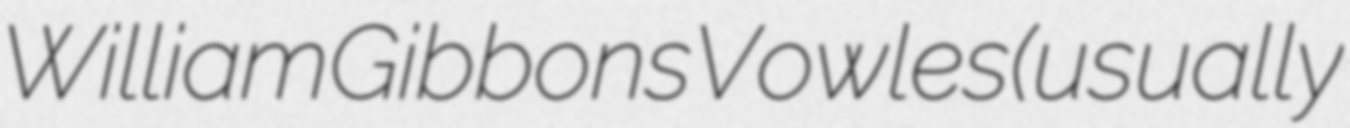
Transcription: William Gibbons Vowles (usually